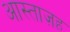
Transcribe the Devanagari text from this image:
आस्ताज़ह